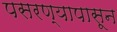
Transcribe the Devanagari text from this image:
पसरण्यापासून